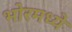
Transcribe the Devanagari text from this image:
भोरमध्ये